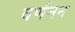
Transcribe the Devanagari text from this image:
वर्णनन